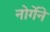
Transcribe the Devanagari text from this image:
नोर्गेने